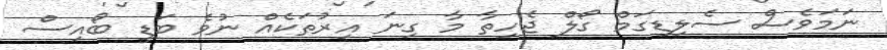
ނަމަވެސް ސެލިޑިގަމް ގޯލް ޖެހިތާ މާ ގިނަ އިރުތަކެއް ނުވެ ބަޑީ ބޯއިސް